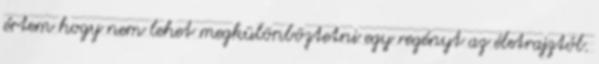
értem hogy nem lehet megkülönböztetni egy regényt az életrajztól.